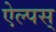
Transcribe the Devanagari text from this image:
ऐल्पस्